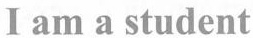
I am a student